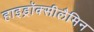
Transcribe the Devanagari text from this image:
हाइड्रॉक्सीलैमिन